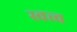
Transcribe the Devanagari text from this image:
स्वत्त्व